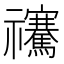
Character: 𥜴